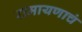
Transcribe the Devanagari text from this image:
रामायणाचं